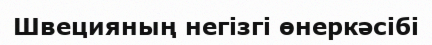
Швецияның негізгі өнеркәсібі